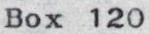
Box 120